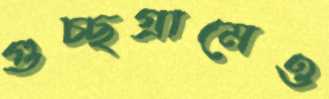
গুচ্ছগ্রামেও